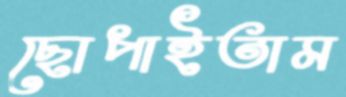
ছোপাইতাম